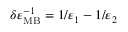
\delta \varepsilon _ { \mathrm { M B } } ^ { - 1 } = 1 / \varepsilon _ { 1 } - 1 / \varepsilon _ { 2 }